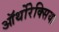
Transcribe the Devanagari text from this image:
ऑर्थोरेक्सिया